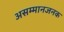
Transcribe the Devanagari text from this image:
असम्मानजनक